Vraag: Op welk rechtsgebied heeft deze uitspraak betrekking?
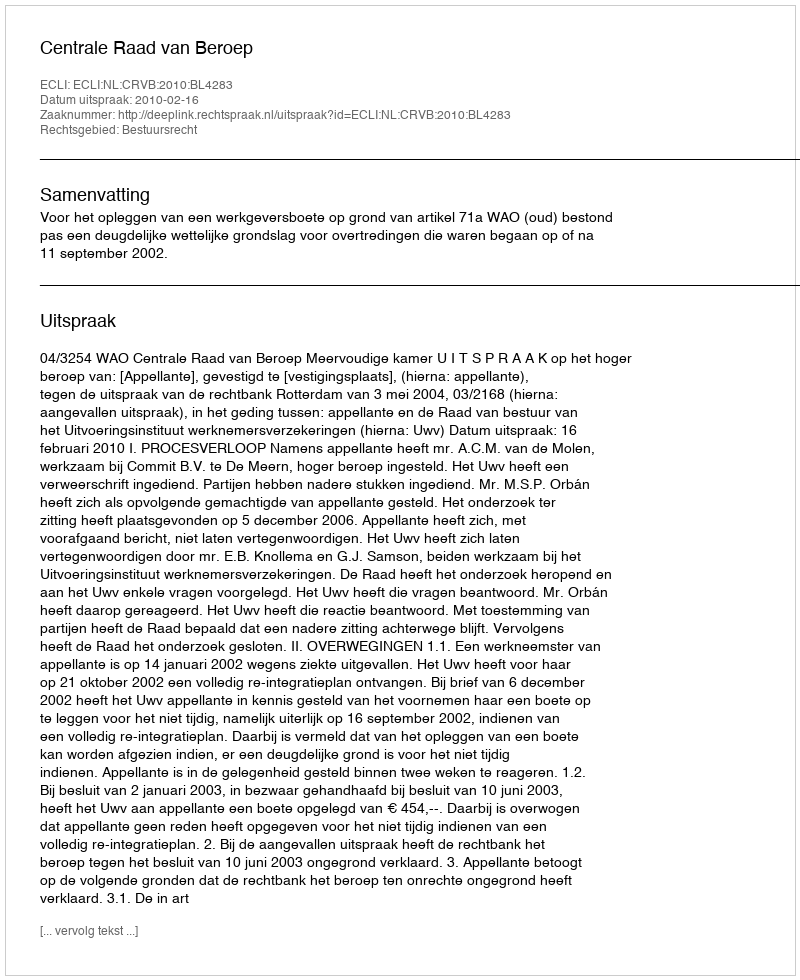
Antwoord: Bestuursrecht